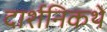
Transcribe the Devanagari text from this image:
दार्शनिकथे